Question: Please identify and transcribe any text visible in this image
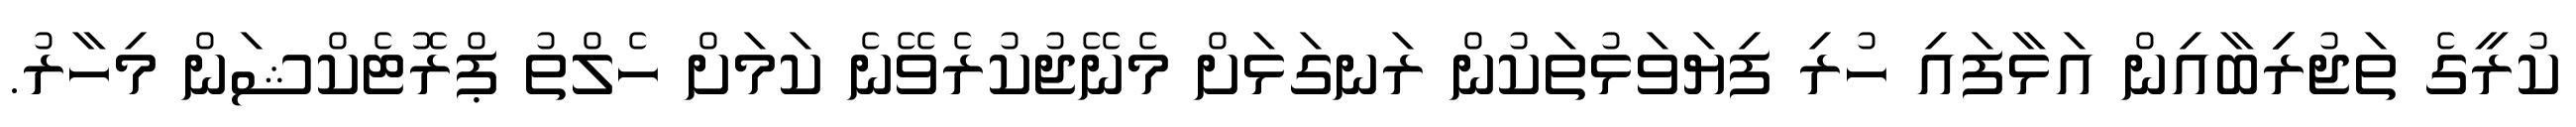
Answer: ކުރީގެ ތަޖުރިިބާއިން އަޅާފައި ހުރި ފިޔަވަޅުތަކުން ރަނގަޅަށް މެނޭޖުކުރެވޭނެ ކަމަށް ހެލްތު ޕްރޮޓެކްޝަން މިހާރު.